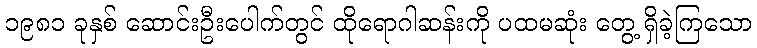
၁၉၈၁ ခုနှစ် ဆောင်းဦးပေါက်တွင် ထိုရောဂါဆန်းကို ပထမဆုံး တွေ့ ရှိခဲ့ကြသော